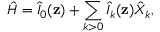
\hat { H } = { \hat { I } } _ { 0 } ( \mathbf { z } ) + \sum _ { k > 0 } { \hat { I } _ { k } } ( \mathbf { z } ) \hat { X } _ { k } ,